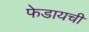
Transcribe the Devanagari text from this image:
फेडायची